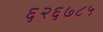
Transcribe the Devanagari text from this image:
६२६७८५